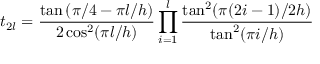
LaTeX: t _ { 2 l } = \frac { \tan \left( \pi / 4 - \pi l / h \right) } { 2 \cos ^ { 2 } ( \pi l / h ) } \prod _ { i = 1 } ^ { l } \frac { \tan ^ { 2 } ( \pi ( 2 i - 1 ) / 2 h ) } { \tan ^ { 2 } ( \pi i / h ) }